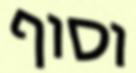
וסוף